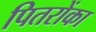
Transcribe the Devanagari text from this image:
पितरोंका